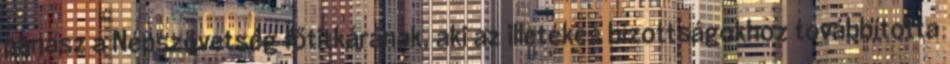
panasz a Népszövetség főtitkárának, aki az illetékes bizottságokhoz továbbította